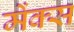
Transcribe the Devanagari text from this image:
मेंक्स